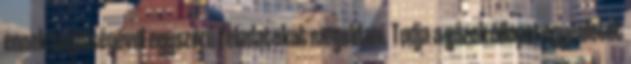
ennek segítségével egyszerű feladatokat megoldani. Tudja a gázok állapotegyenletét